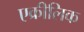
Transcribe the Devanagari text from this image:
एक्रीलिक